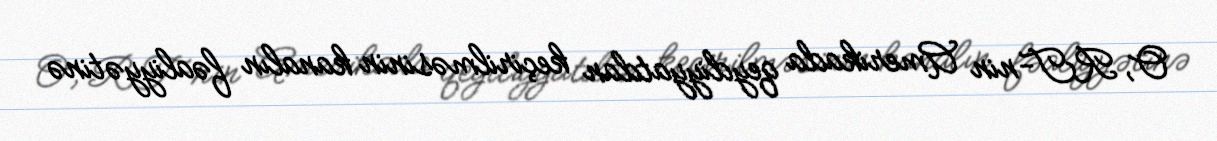
O, RT-nin Amerikada qeydiyyatdan keçirilməsinin kanalın fəaliyyətinə